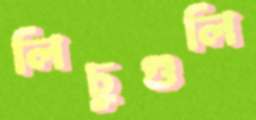
লিচুগুলি